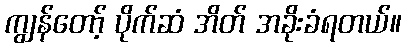
ကျွန်တော့် ပိုက်ဆံ အိတ် အခိုးခံရတယ်။